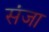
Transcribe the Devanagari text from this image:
संजा